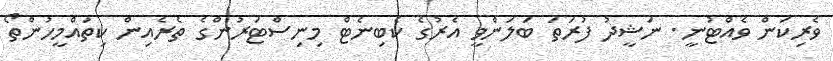
ވެރިކަން ވެއްޓުނީ. ނަޝީދު ފުރަތަ ބަލަންވީ އެރުގެ ކެބިނެޓް މިނިސްޓަރުންގެ ތެރެއިން ކިތައްމީހުންތޯ